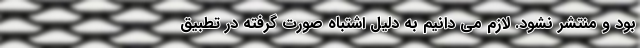
بود و منتشر نشود. لازم می دانیم به دلیل اشتباه صورت گرفته در تطبیق